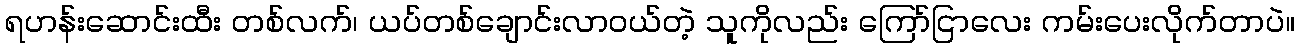
ရဟန်းဆောင်းထီး တစ်လက်၊ ယပ်တစ်ချောင်းလာဝယ်တဲ့ သူကိုလည်း ကြော်ငြာလေး ကမ်းပေးလိုက်တာပဲ။